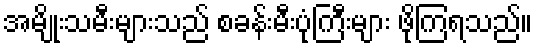
အမျိုးသမီးများသည် စခန်းမီးပုံကြီးများ ဖိုကြရသည်။